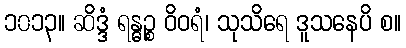
၁၀၁၃။ ဆိဒ္ဒံ ရန္ဓဉ္စ ဝိဝရံ၊ သုသိရေ ဒူသနေပိ စ။